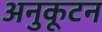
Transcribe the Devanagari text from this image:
अनुकूटन